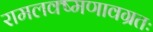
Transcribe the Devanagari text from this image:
रामलक्ष्मणावग्रतः